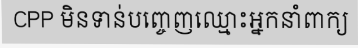
CPP មិនទាន់បញ្ចេញឈ្មោះអ្នកនាំពាក្យ